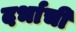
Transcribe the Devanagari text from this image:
दर्भाची